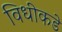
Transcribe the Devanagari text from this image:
विधीकडे